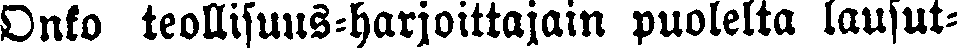
Onko teollisuus-harjoittajain puolelta lausut-